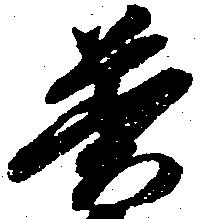
普